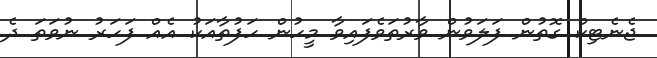
ޖެނެޓިކް ގޮތުން ފަލަވުން ވާރުތަވެފައިވާ މީހުން ހަފުތާއަކު އެއް ފަހަރު ނުވަތަ ދެ